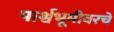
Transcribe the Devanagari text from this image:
पार्श्वभूमीवरचे